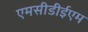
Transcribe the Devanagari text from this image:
एमसीडीईएम